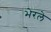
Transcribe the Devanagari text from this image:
भेरले